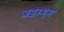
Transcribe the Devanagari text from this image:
बड़ाभूम